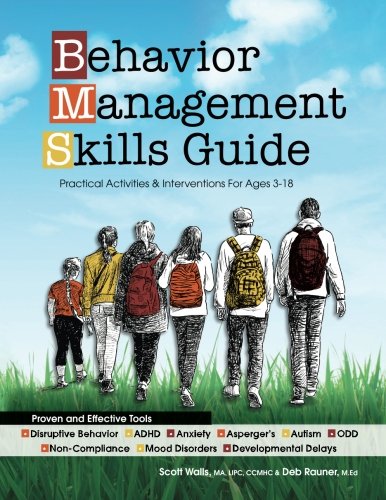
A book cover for Behavior Management Skills Guide: Practical Activities & Interventions for Ages 3-18; Scott Walls; Medical Books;